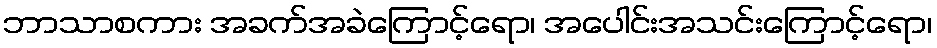
ဘာသာစကား အခက်အခဲကြောင့်ရော၊ အပေါင်းအသင်းကြောင့်ရော၊